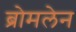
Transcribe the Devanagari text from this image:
ब्रोमलेन